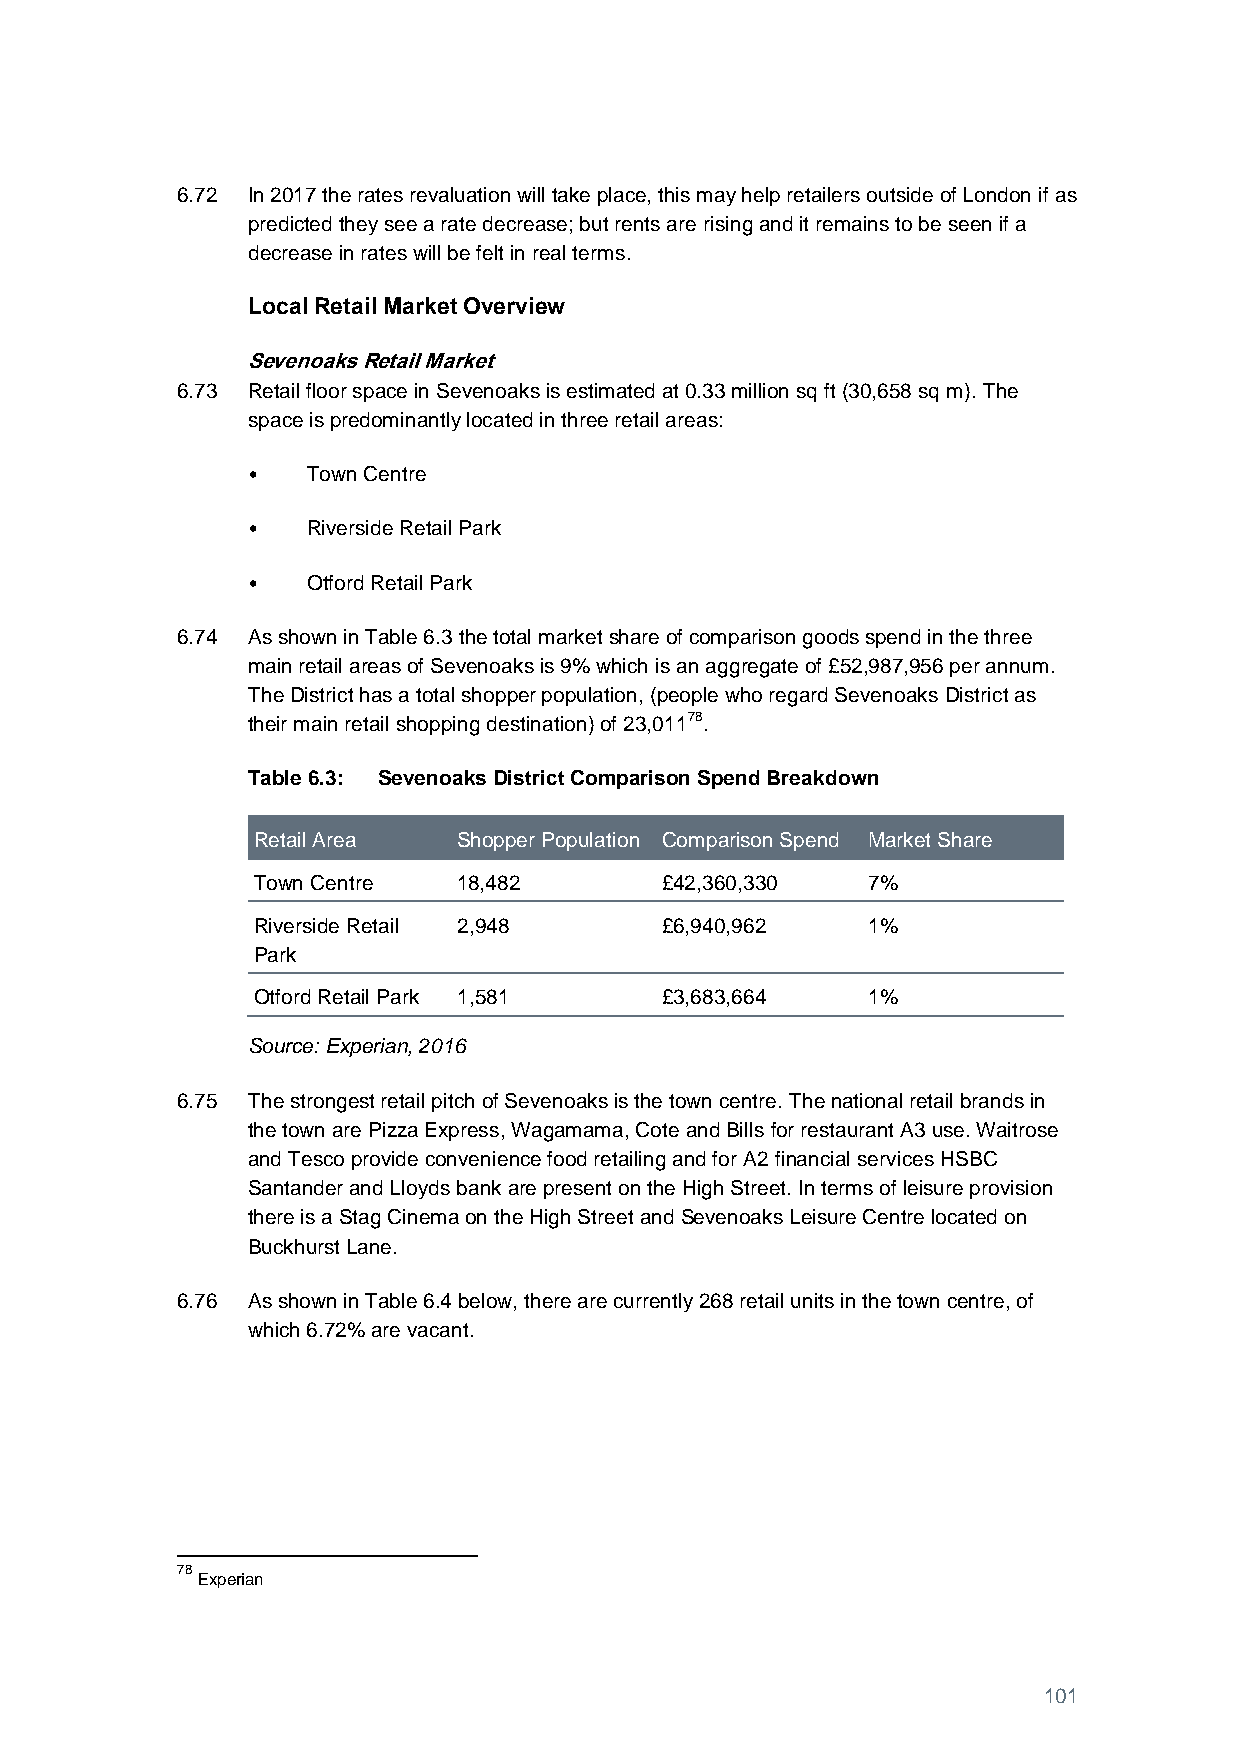
6.72 In 2017 the rates revaluation will take place, this may help retailers outside of London if as
 predicted they see a rate decrease; but rents are rising and it remains to be seen if a
 decrease in rates will be felt in real terms.
 Local Retail Market Overview
 Sevenoaks Retail Market
 6.73 Retail floor space in Sevenoaks is estimated at 0.33 million sq ft (30,658 sq m). The
 space is predominantly located in three retail areas:
 •   Town Centre
 •   Riverside Retail Park
 •   Otford Retail Park
 6.74 As shown in Table 6.3 the total market share of comparison goods spend in the three
 main retail areas of Sevenoaks is 9% which is an aggregate of £52,987,956 per annum.
 The District has a total shopper population, (people who regard Sevenoaks District as
 their main retail shopping destination) of 23,01178.
 Table 6.3: Sevenoaks District Comparison Spend Breakdown
 Retail Area  Shopper Population Comparison Spend Market Share
 Town Centre  18,482        £42,360,330  7%
 Riverside Retail 2,948     £6,940,962   1%
 Park
 Otford Retail Park 1,581   £3,683,664   1%
 Source: Experian, 2016
 6.75 The strongest retail pitch of Sevenoaks is the town centre. The national retail brands in
 the town are Pizza Express, Wagamama, Cote and Bills for restaurant A3 use. Waitrose
 and Tesco provide convenience food retailing and for A2 financial services HSBC
 Santander and Lloyds bank are present on the High Street. In terms of leisure provision
 there is a Stag Cinema on the High Street and Sevenoaks Leisure Centre located on
 Buckhurst Lane.
 6.76 As shown in Table 6.4 below, there are currently 268 retail units in the town centre, of
 which 6.72% are vacant.
 78
 Experian
 101